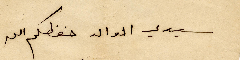
سيدي الوالد حفظكم الله